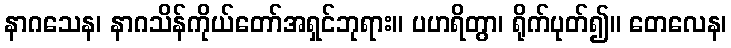
နာဂသေန၊ နာဂသိန်ကိုယ်တော်အရှင်ဘုရား။ ပဟရိတွာ၊ ရိုက်ပုတ်၍။ တေလေန၊